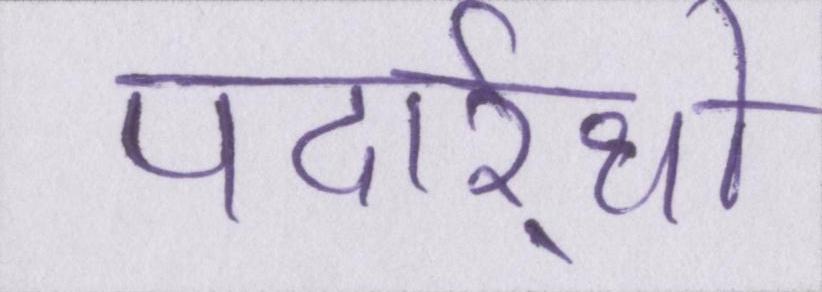
पदार्र्थो